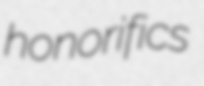
honorifics